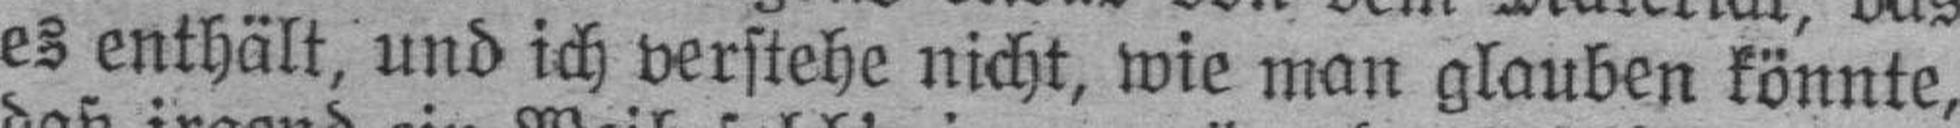
es enthält, und ich verstehe nicht, wie man glauben könnte,